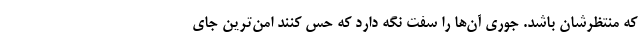
که منتظرشان باشد. جوری آن‌ها را سفت نگه دارد که حس کنند امن‌ترین جای